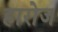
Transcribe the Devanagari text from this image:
हारोज